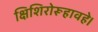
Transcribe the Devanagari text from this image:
क्षिशिरोरूहावहे।